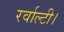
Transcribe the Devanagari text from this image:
रर्वाल्टी।